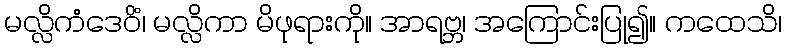
မလ္လိကံဒေဝိံ၊ မလ္လိကာ မိဖုရားကို။ အာရဗ္ဘ၊ အကြောင်းပြု၍။ ကထေသိ၊